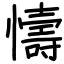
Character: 懤